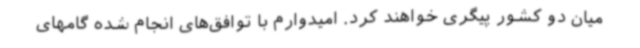
میان دو کشور پیگری خواهند کرد. امیدوارم با توافق‌های انجام شده گامهای